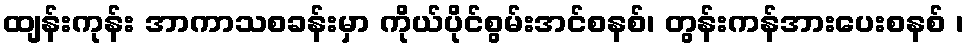
ထျန်းကုန်း အာကာသစခန်းမှာ ကိုယ်ပိုင်စွမ်းအင်စနစ်၊ တွန်းကန်အားပေးစနစ် ၊